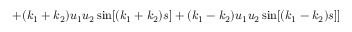
+ ( k _ { 1 } + k _ { 2 } ) u _ { 1 } u _ { 2 } \sin [ ( k _ { 1 } + k _ { 2 } ) s ] + ( k _ { 1 } - k _ { 2 } ) u _ { 1 } u _ { 2 } \sin [ ( k _ { 1 } - k _ { 2 } ) s ] ]